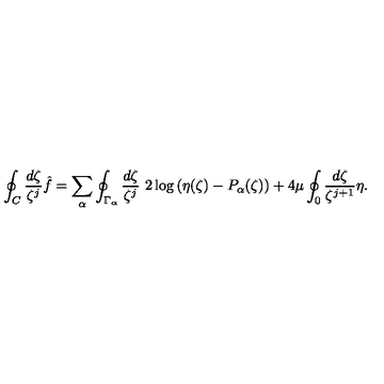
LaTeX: \oint _ { C } \frac { d \zeta } { \zeta ^ { j } } \hat { f } = \sum _ { \alpha } \oint _ { \Gamma _ { \alpha } } \frac { d \zeta } { \zeta ^ { j } } \ 2 \log \left( \eta ( \zeta ) - P _ { \alpha } ( \zeta ) \right) + 4 \mu \oint _ { 0 } \frac { d \zeta } { \zeta ^ { j + 1 } } \eta .